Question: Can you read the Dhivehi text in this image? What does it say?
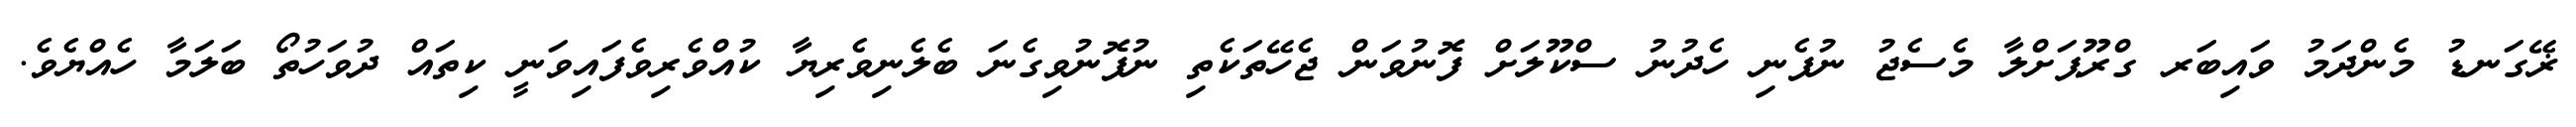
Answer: ޜޭގަނޑު މެންދަމު ވައިބަރ ގްރޫޕަށްލާ މެސެޖު ނުފެނި ހެދުނު ސްކޫލަށް ފޮނުވަން ޖެހޭތަކެތި ނުފޮނުވިގެނަ ބެލެނިވެރިޔާ ކުއްވެރިވެފައިވަނީ ކިތައް ދުވަހުތޯ ބަލަމާ ހެއްޔެވެ.